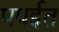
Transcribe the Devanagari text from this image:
पपईत